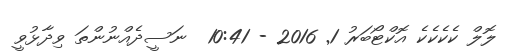
ލޮލް ކެކެކެކެ އޮކްޓޯބަރު 1